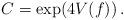
LaTeX: \begin{align*} C = \exp(4V(f)) \,. \end{align*}